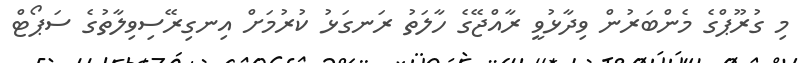
މި ގުރޫޕްގެ މެންބަރުން ވިދާޅުވީ ރާއްޖޭގެ ހާލަތު ރަނގަޅު ކުރުމަށް އިނގިރޭސިވިލާތުގެ ސަޕޯޓް